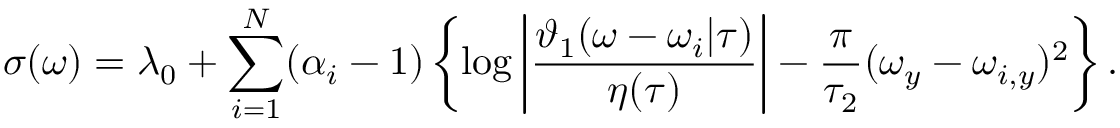
\sigma ( \omega ) = \lambda _ { 0 } + \sum _ { i = 1 } ^ { N } ( \alpha _ { i } - 1 ) \left\{ \log \left| \frac { \vartheta _ { 1 } ( \omega - \omega _ { i } | \tau ) } { \eta ( \tau ) } \right| - \frac { \pi } { \tau _ { 2 } } ( \omega _ { y } - \omega _ { i , y } ) ^ { 2 } \right\} .